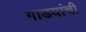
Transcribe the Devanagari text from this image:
गाडयांची